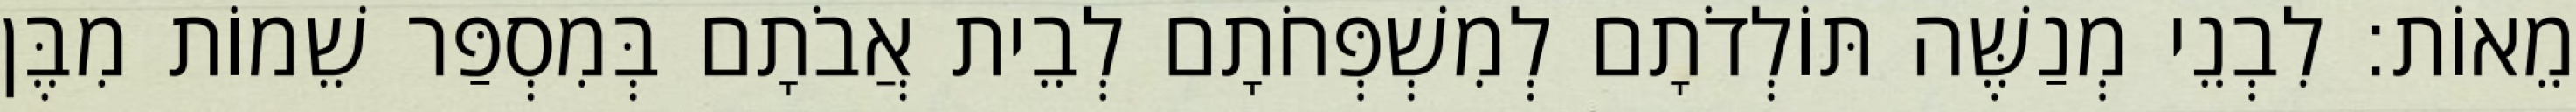
מֵאוֹת׃ לִבְנֵי מְנַשֶּׁה תּוֹלְדֹתָם לְמִשְׁפְּחֹתָם לְבֵית אֲבֹתָם בְּמִסְפַּר שֵׁמוֹת מִבֶּן